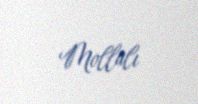
Mollalı